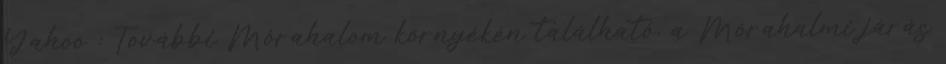
Yahoo : További Mórahalom környékén található, a Mórahalmi járás